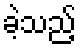
ခဲ့သည့်